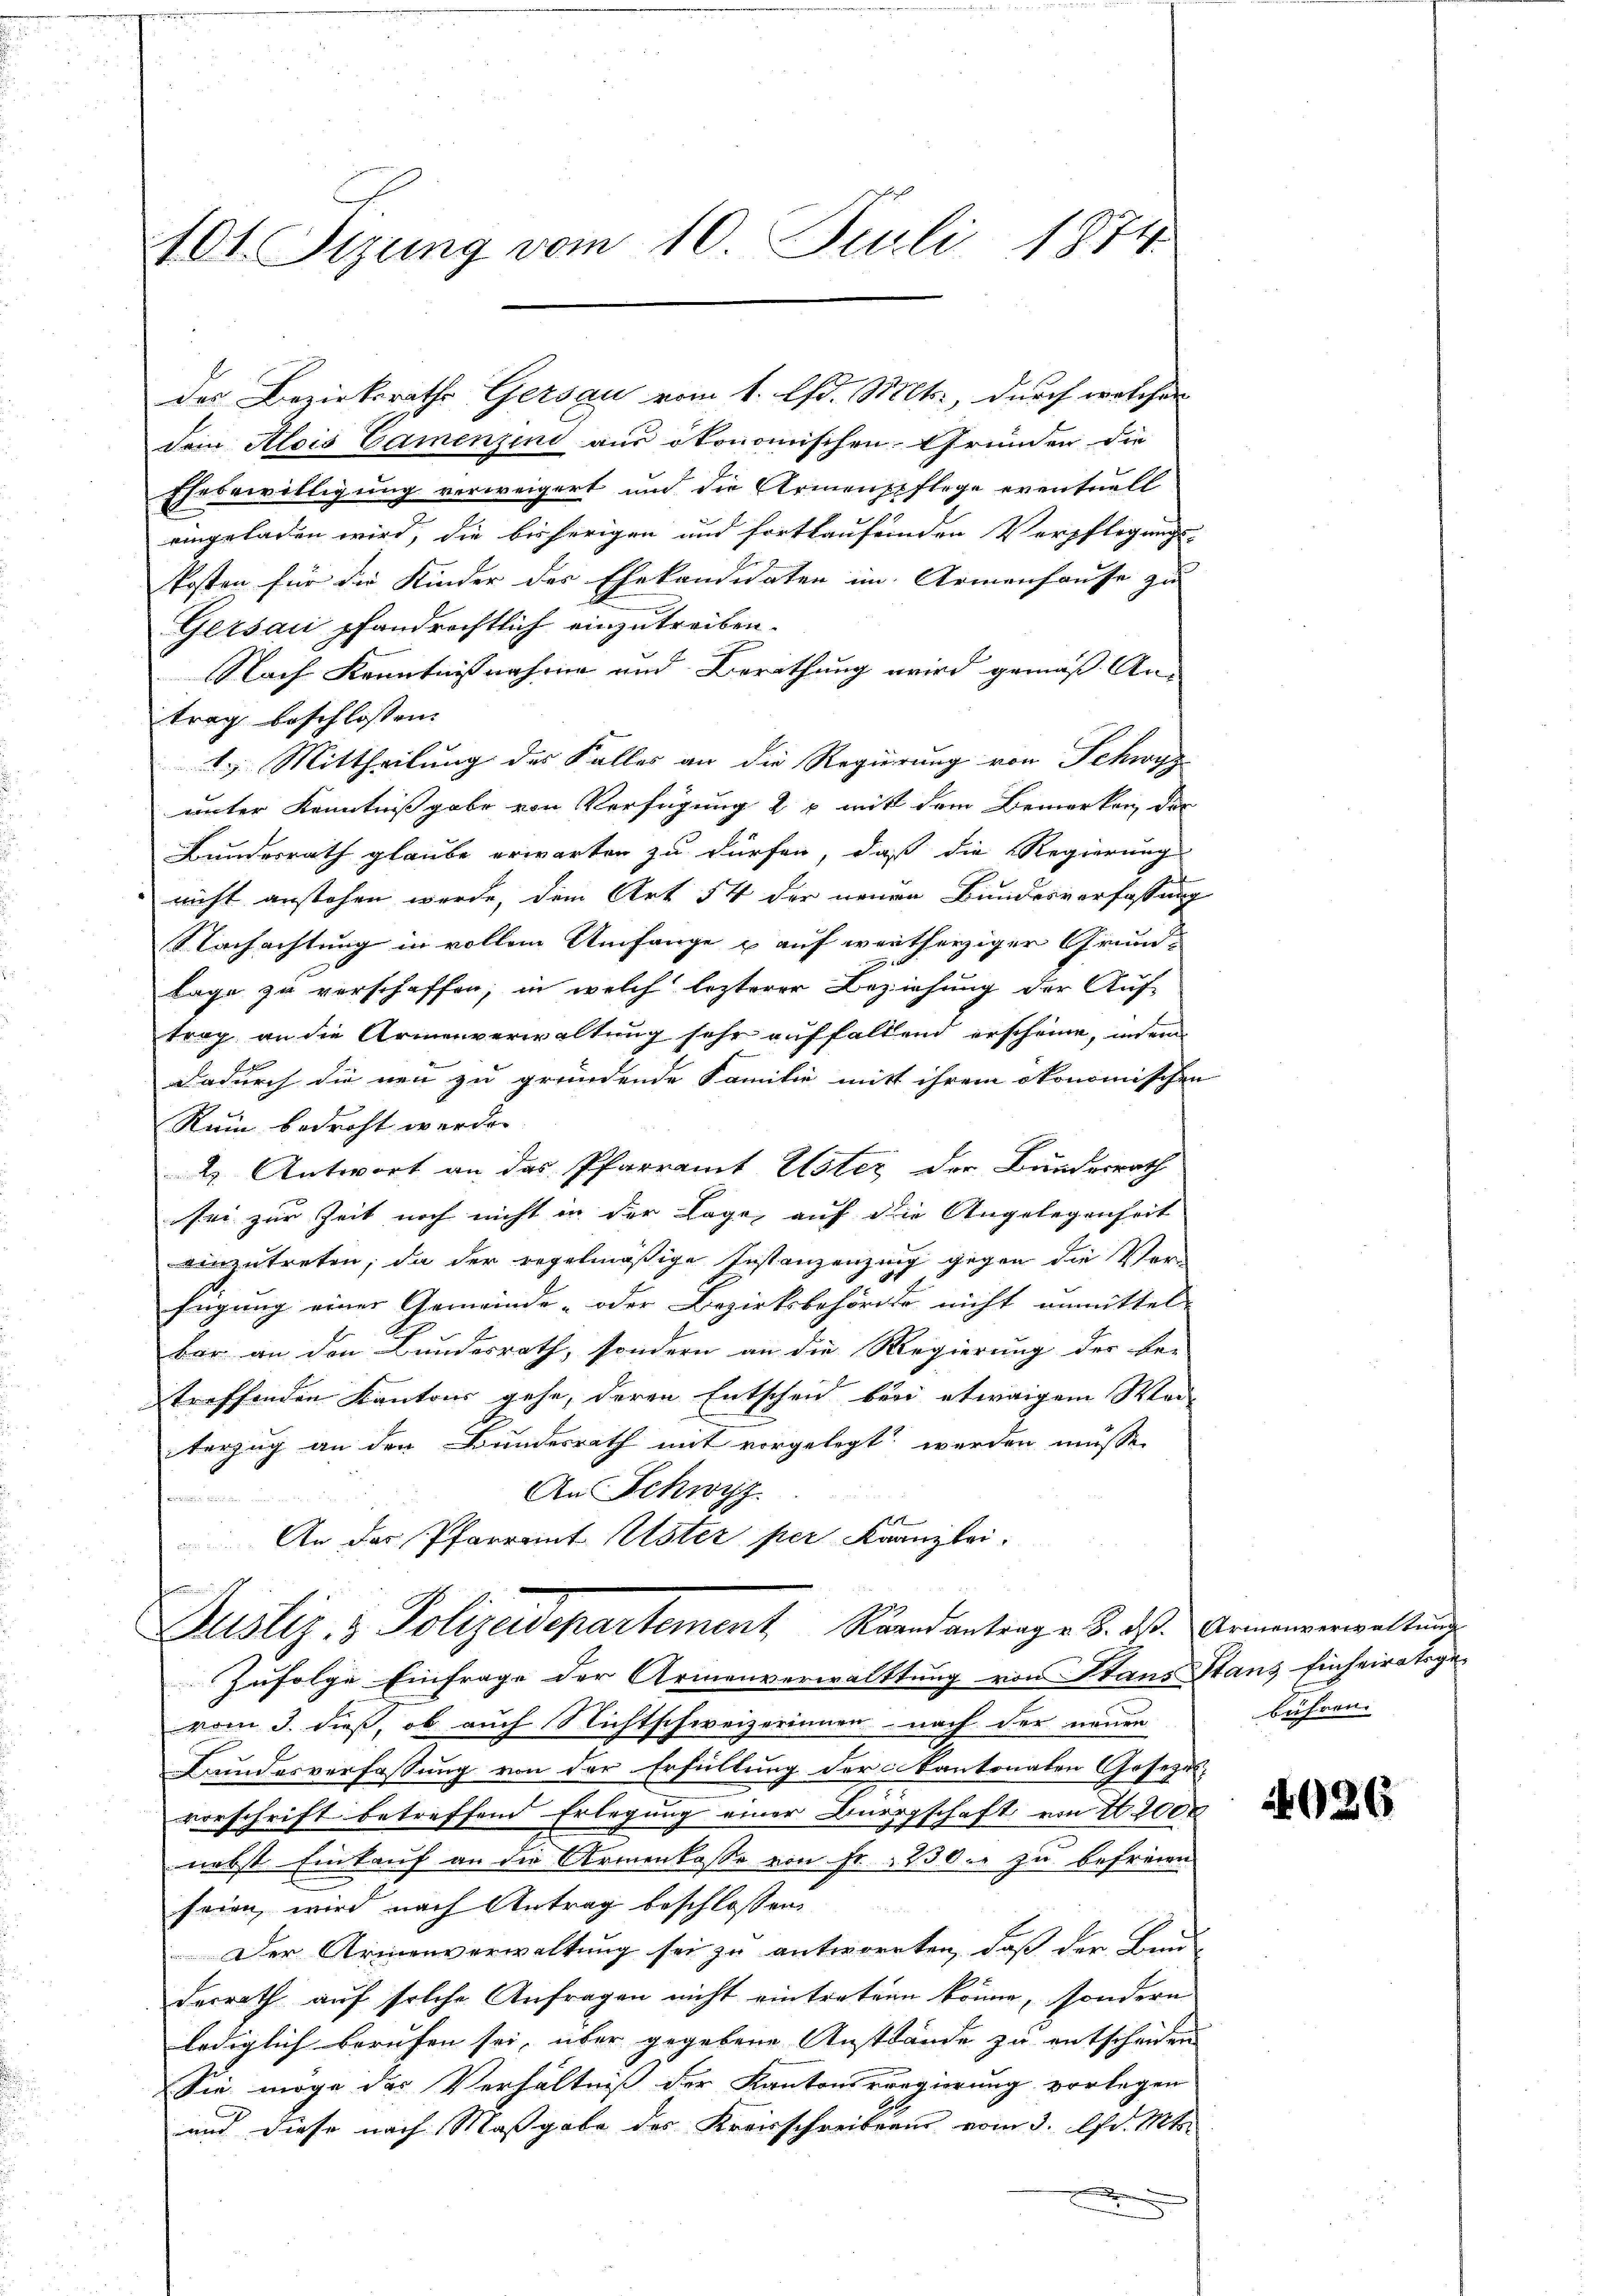
401. Sizung vom 10. Juli 1874.

des Bezirksraths Gersau vom 1. Ad. Mts., durch welches
dem Alois Camenzini aus ökonomischen Gründen die
Ehebewilligung verweigert und die Armenpflege eventuell
eingeladen wird, die bisherigen und fortlaufenden Verpflegungs-
kosten für die Kinder des Ehekandidaten im Armenhause zu
Gersaui pfandrechtlich einzutreiben.
Nach Kenntnißnahme und Berathung wird gemäß Antrag beschlossen:
1.. Mittheilung der Falles an die Regierung von Schwyz
unter Kenntnißgabe von Verfügung 2 x mit dem Bemerken der
Bundesrath glaube erwarten zu dürfen, daß die Regierung
nicht anstehen werde, dem Art 54 der neuen Bundesverfassung
Nachachtung in vollem Umfange & auf weitherziger Grund-
lage zu verschaffen, in welch lezterer Beziehung der Auf-
trag an die Armenverwaltung sehr auffallend erscheine, in ein
dadurch die neu zu gründende Familie mitt ihrem ökonomischen
Rum bedroht werde.
2. Antwort an das Pfarramt Uster der Bundesrath
sei zur Zeit noch nicht in der Lage, auf die Angelegenheit
einzutreten; da der regelmäßige Instanzenzung gegen die Ver-
fügung einer Gemeinde- oder Bezirksbehörde nicht unmittel-
1
bar an den Bundesrath, sondern an die Regierung der be-
treffenden Kantons gehe, deren Entscheid beri etwaigem Wai-
terzug an den Bundesrath mit vorgelegt werden müsse.
An Schwyz
An der Pfarramt Uster per Kranzlei-
Justiz- & Polizeidepartement Raandantrage 8. ds. Armenverwaltung
Zufolge Einfrage der Armenverwalttung von Stans Stans Einheiratsge-
vom 3. dieß, ob auch Nichtschweizerinnen nach der neuen
Bundesverfassung von der Erfüllung der Kantonalen Geseze
vorschrift betreffend Erlegung einer Bürgschaft von 1200
nebst Einkauf an die Armenkasse von Fr. 250. zu befreien
feien, wird nach Antrag beschlossen:
Der Armenverwaltung sei zu antworten, daß der Bun
desrath auf solche Anfragen nicht eintretenen könne, sondern
lediglich berufen sei, über gegebene Anstande zu entscheiden
Sie möge das Verhältniß der Kantonsrregierung vorlegen
und diese nach Maßgabe des Kreisschreibens vom 3. Apr. Mts.

bühren.

d

¬

4026